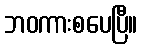
ဘဝကားစပေပြီ။